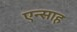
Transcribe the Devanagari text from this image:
एन्साह